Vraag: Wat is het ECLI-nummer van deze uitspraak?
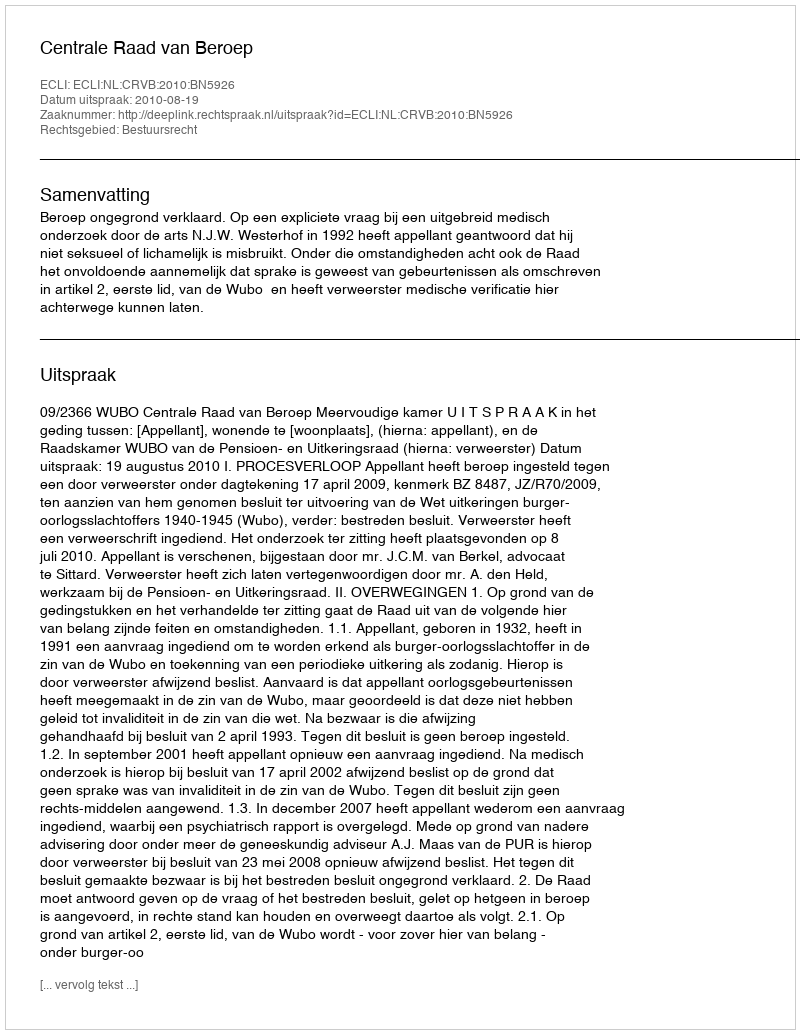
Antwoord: ECLI:NL:CRVB:2010:BN5926